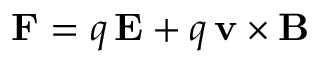
\mathbf { F } = q \, \mathbf { E } + q \, \mathbf { v } \times \mathbf { B }